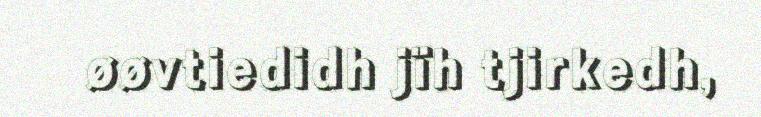
øøvtiedidh jïh tjirkedh,